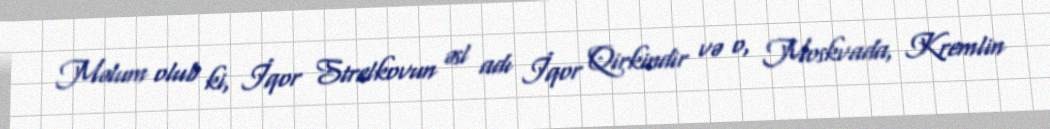
Məlum olub ki, İqor Strelkovun əsl adı İqor Qirkindir və o, Moskvada, Kremlin